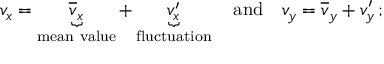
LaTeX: v _ { x } = \underbrace { { \overline { { v } } } _ { x } } _ { \mathrm { m e a n ~ v a l u e } } + \underbrace { v _ { x } ^ { \prime } } _ { \mathrm { f l u c t u a t i o n } } \quad { \mathrm { a n d } } \quad v _ { y } = { \overline { { v } } } _ { y } + v _ { y } ^ { \prime } \, ;